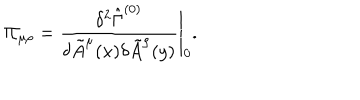
LaTeX: \Pi _ { \mu \rho } = \frac { \delta ^ { 2 } \hat { \Gamma } ^ { ( 0 ) } } { \delta \tilde { A } ^ { \mu } ( x ) \delta \tilde { A } ^ { \rho } ( y ) } \Bigg | _ { 0 } .